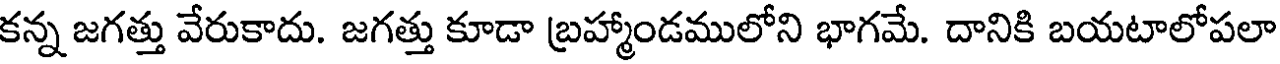
కన్న జగత్తు వేరుకాదు. జగత్తు కూడా బ్రహ్మాండములోని భాగమే. దానికి బయటాలోపలా